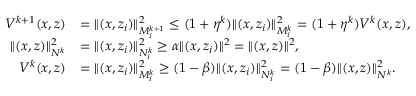
\begin{array} { r l } { V ^ { k + 1 } ( x , z ) } & { = \| ( x , z _ { i } ) \| _ { M _ { i } ^ { k + 1 } } ^ { 2 } \leq ( 1 + \eta ^ { k } ) \| ( x , z _ { i } ) \| _ { M _ { i } ^ { k } } ^ { 2 } = ( 1 + \eta ^ { k } ) V ^ { k } ( x , z ) , } \\ { \| ( x , z ) \| _ { N ^ { k } } ^ { 2 } } & { = \| ( x , z _ { i } ) \| _ { N _ { i } ^ { k } } ^ { 2 } \geq \alpha \| ( x , z _ { i } ) \| ^ { 2 } = \| ( x , z ) \| ^ { 2 } , } \\ { V ^ { k } ( x , z ) } & { = \| ( x , z _ { i } ) \| _ { M _ { i } ^ { k } } ^ { 2 } \geq ( 1 - \beta ) \| ( x , z _ { i } ) \| _ { N _ { i } ^ { k } } ^ { 2 } = ( 1 - \beta ) \| ( x , z ) \| _ { N ^ { k } } ^ { 2 } . } \end{array}